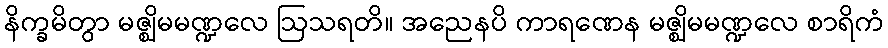
နိက္ခမိတွာ မဇ္ဈိမမဏ္ဍလေ ဩသရတိ။ အညေနပိ ကာရဏေန မဇ္ဈိမမဏ္ဍလေ စာရိကံ